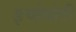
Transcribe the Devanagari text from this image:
इच्छेपोटी